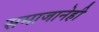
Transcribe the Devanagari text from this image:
समाजानेही